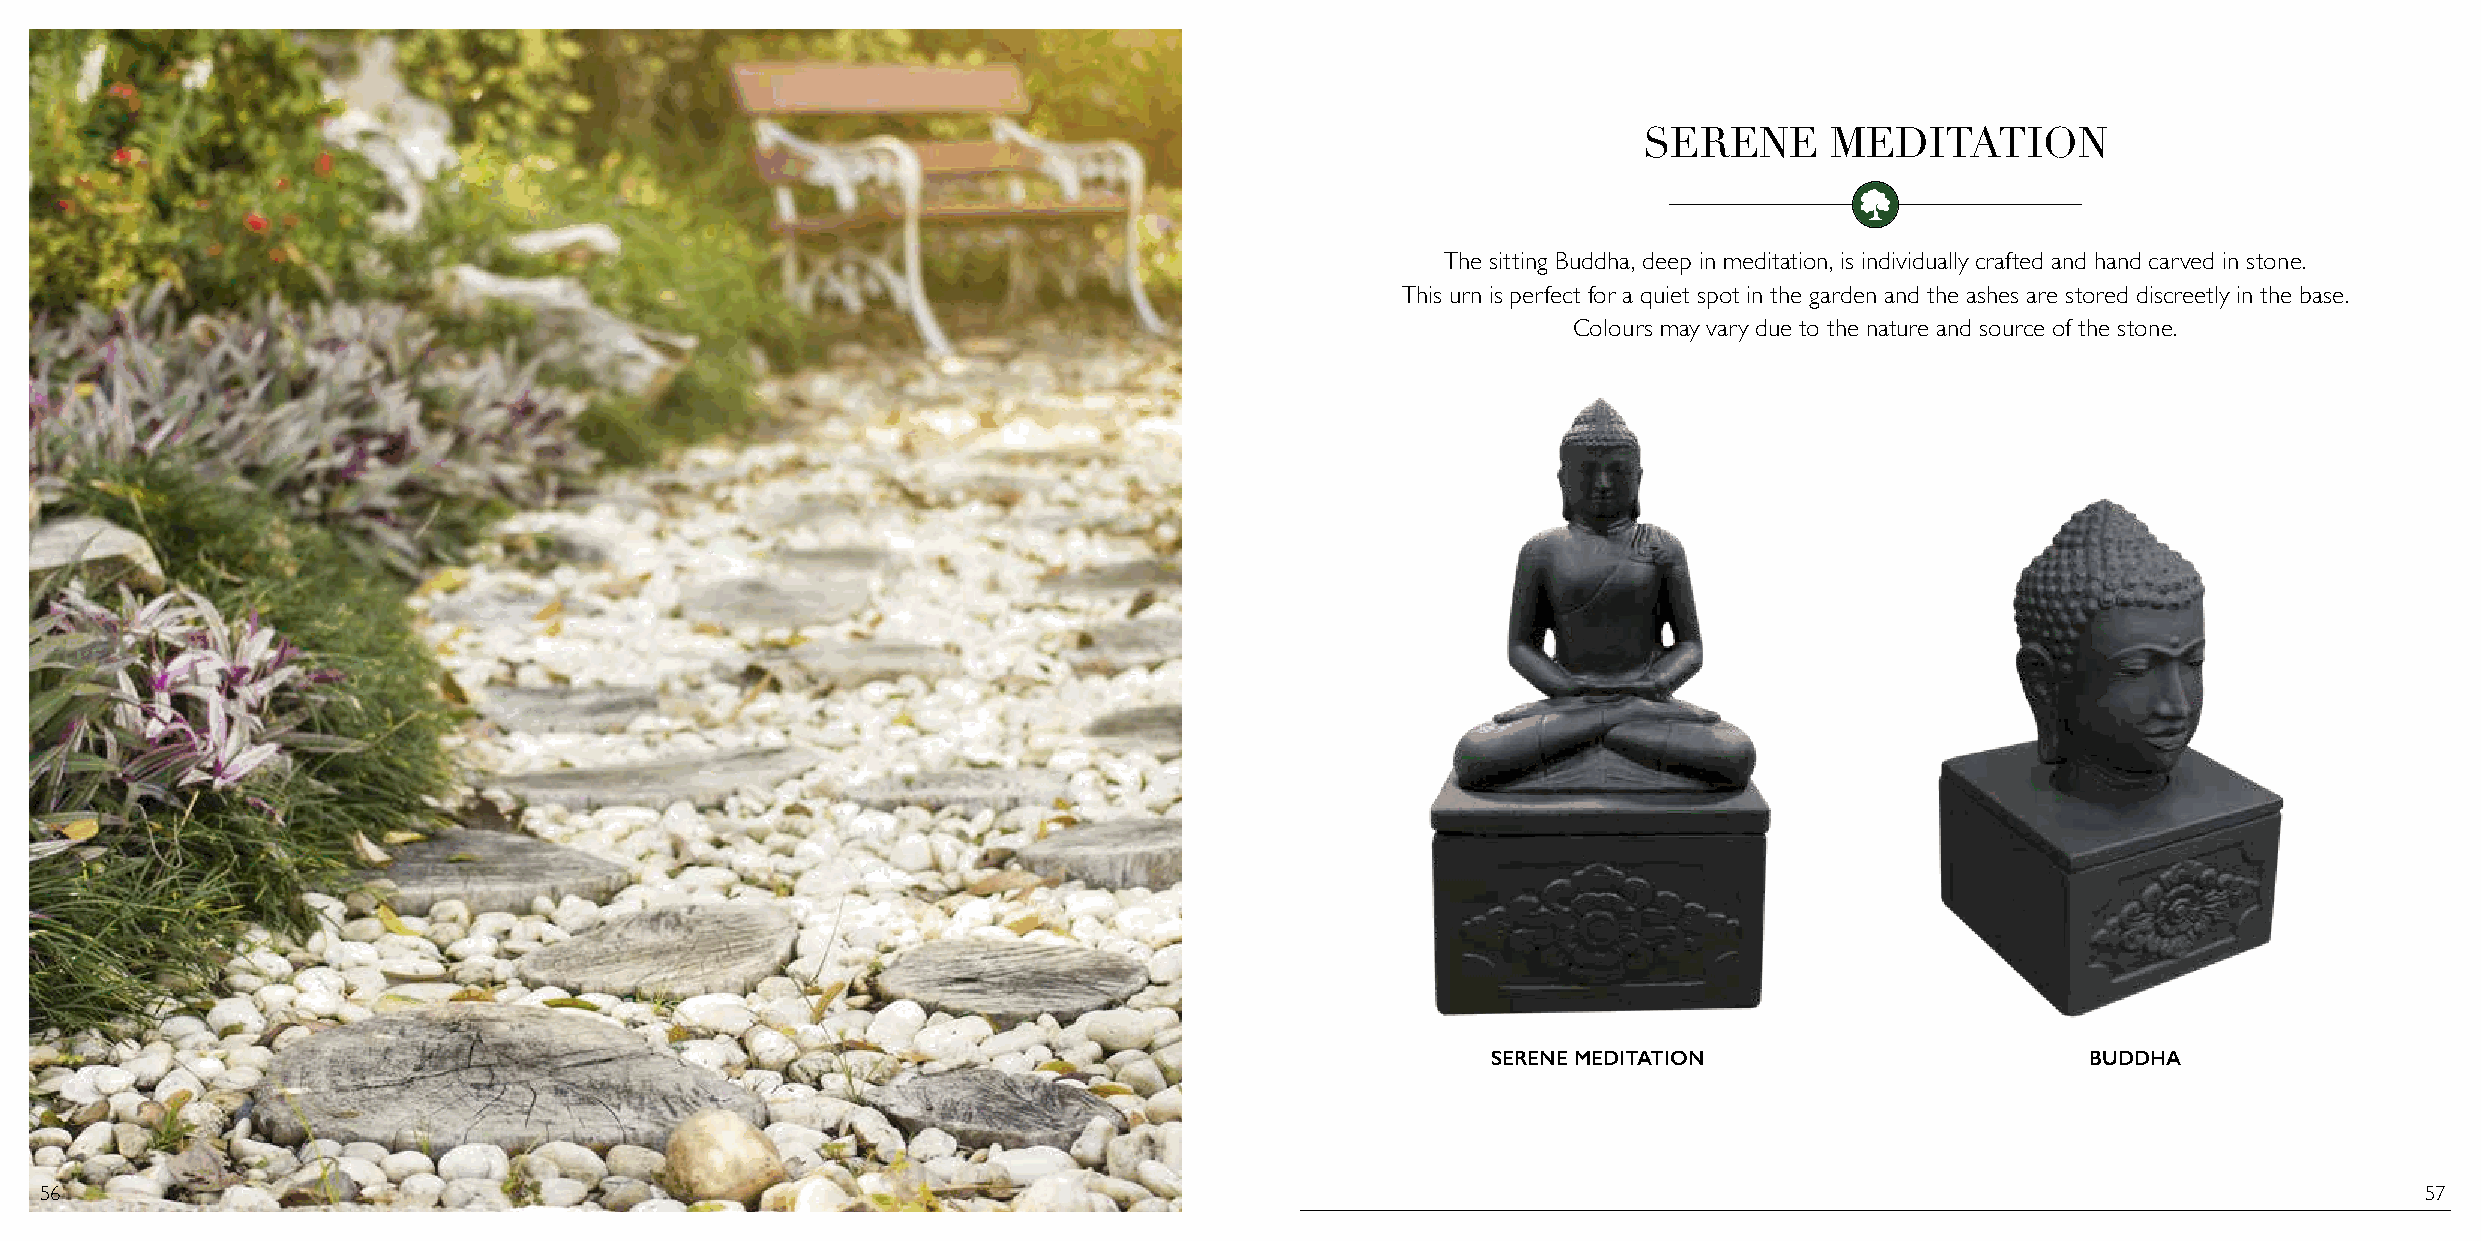
SERENE      MEDITATION
 The sitting Buddha, deep in meditation, is individually crafted and hand carved in stone.
 This urn is perfect for a quiet spot in the garden and the ashes are stored discreetly in the base.
 Colours may vary due to the nature and source of the stone.
 SERENE MEDITATION                      BUDDHA
 56                                                                                                                                                           57